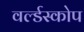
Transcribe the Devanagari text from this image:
वर्ल्डस्कोप